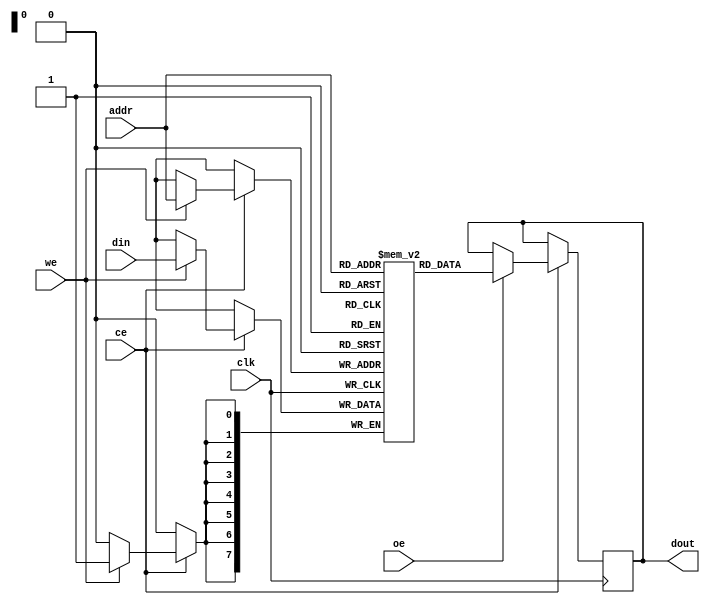
module embedded_sram #(
    parameter DATA_WIDTH = 8,   // Width of the data bus
    parameter ADDR_WIDTH = 8,   // Address width (2^ADDR_WIDTH = number of words)
    parameter MEM_SIZE = 256     // Number of words
)(
    input wire clk,              // Clock signal
    input wire ce,               // Chip Enable
    input wire we,               // Write Enable
    input wire oe,               // Output Enable
    input wire [ADDR_WIDTH-1:0] addr, // Address input
    input wire [DATA_WIDTH-1:0] din,   // Data input
    output reg [DATA_WIDTH-1:0] dout    // Data output
);

    // Memory array declaration
    reg [DATA_WIDTH-1:0] mem [0:MEM_SIZE-1];

    // Read and Write operations
    always @(posedge clk) begin
        if (ce) begin
            if (we) begin
                // Write operation
                mem[addr] <= din;
            end
            if (oe) begin
                // Read operation
                dout <= mem[addr];
            end
        end
    end

endmodule